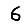
Digit: 6